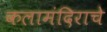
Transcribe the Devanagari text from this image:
कलामंदिराचे